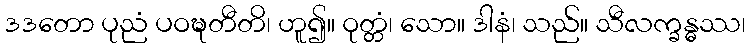
ဒဒတော ပုညံ ပဝဍ္ဎတီတိ၊ ဟူ၍။ ဝုတ္တံ၊ သော။ ဒါနံ၊ သည်။ သီလက္ခန္ဓဿ၊